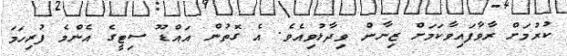
ކުރުމަށް ރާވާފައިވާކަމަށް ޒިނާން ވިދާޅުވިއެވެ. އެ ގޮތުން އައްޑޫ ސިޓީގެ އެންމެ ފުރިހަމަ